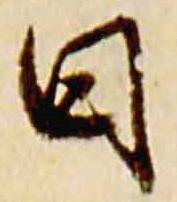
日